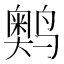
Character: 𬸩